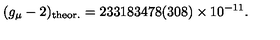
( g _ { \mu } - 2 ) _ { \mathrm { t h e o r . } } = 2 3 3 1 8 3 4 7 8 ( 3 0 8 ) \times 1 0 ^ { - 1 1 } .